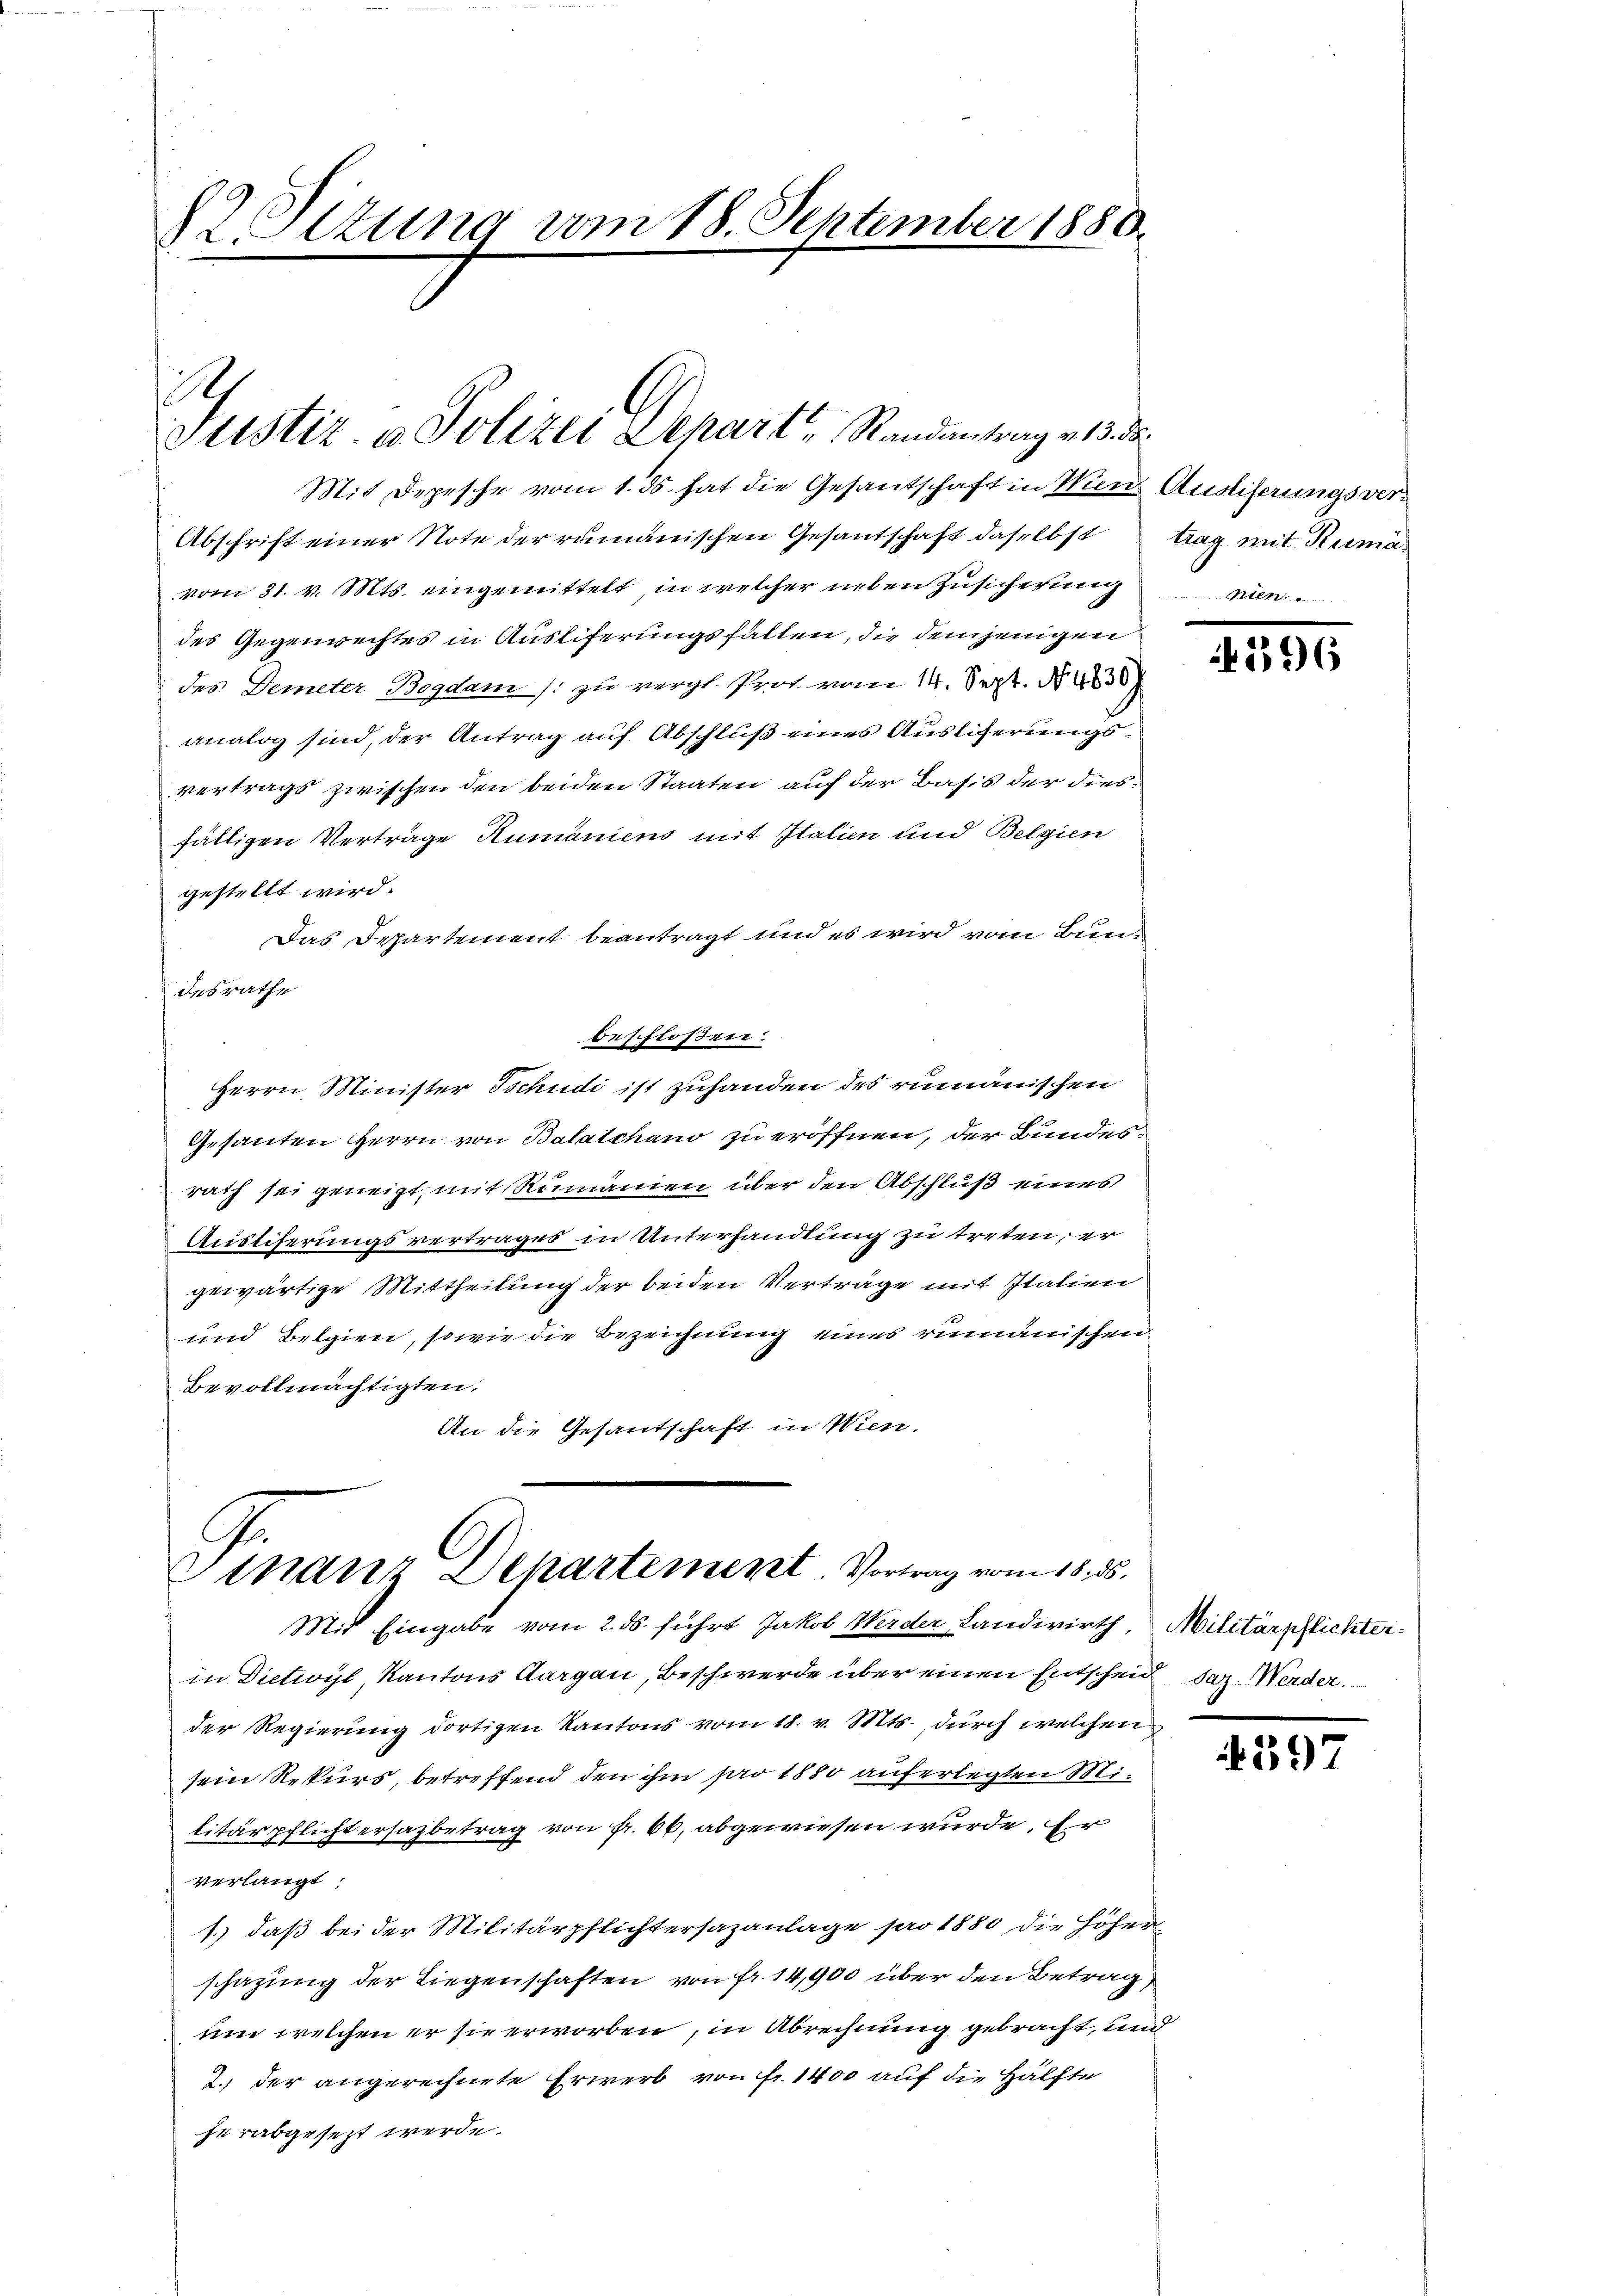
LOltung vom 18. September 1880

h
Justiz- u. Polizei Depart Randantrag v. 13. ds.
Mit Depesche vom 1. ds. hat die Gesantschaft in Mens Ausliserungsver¬

Abschrift einer Note der rumänischen Gesantschaft daselbst
vom 31. v. Mts. eingemittelt, in welcher neben Zusicherung
des Gegenrechtes in Ausliferungsfallen, die demjenigen
des Demeter Bogdam /: zu vergl. Prot vom 14. Sept. No 4838)
analog sind, der Antrag auf Abschluß eines Auslicherungsvertrags zwischen den beiden Staaten auf der Basis der diesfälligen Verträge Rumäniens mit Italien und Belgien.
gestellt wird.
Das Departement beantragt und es wird vom Bund
desrathe
beschloßen:
Herrn Minister Tschudi ist zuhanden des rumänischen
Gesanten Herrn von Balatchano zu eröffnen, der Bundes-
rath sei geneigt, mit Rumänien über den Abschluß eines
Äustiferungsvertrages in Unterhandlung zu treten, er
gewärtige Mittheilung der beiden Verträge mit Italien
und Belgien, sowie die Bezeichnung eines rumänischen
Bevollmächtigten.
An die Gesantschaft in Wien.

G
Vinanz Departement. Vortrag vom 18. ds.
Mit Eingabe vom 2. ds. führt Jakob Werder Landwirth, Militärpflichter¬

in Dictivyl, Kantons Aargau, Beschwerde über einen Entscheid dez. Werder
der Regierung dortigen Kantons vom 18. v. Mts., durch welchen
sein Rekurs, betreffend den ihm pro 1880 auferlegten Militärpflichtersazbetrag von Fr. 66, abgewiesen wurde. Er
verlangt:
1.) daß bei der Militärpflichtersazanlage pro 1880 die Höherschazung der Liegenschaften von Fr. 14,900 über den Betrag,
um welchen er sie erworben, in Abrechnung gebracht, und
2. der angerechnete Erwerb von fr. 1400 auf die Hälfte
herabgesezt werde.

trag mit Rumä
a

296

4597